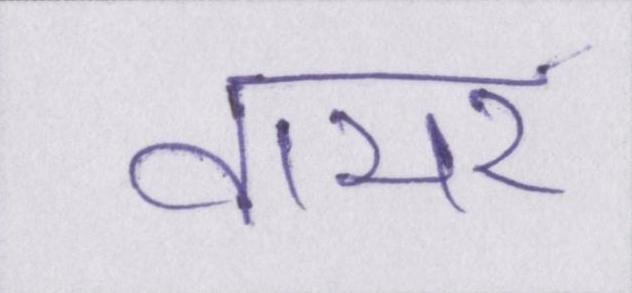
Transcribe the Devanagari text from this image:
वायर